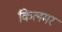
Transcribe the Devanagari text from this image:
किलमर